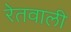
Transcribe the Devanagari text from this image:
रेतवाली